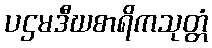
ပဌမဒီဃစာရိကသုတ္တံ